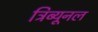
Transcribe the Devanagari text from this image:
ट्रिब्‍यूनल